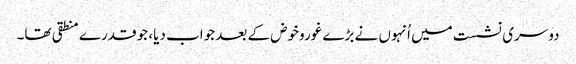
دوسری نشست میں اُنہوں نے بڑے غوروخوض کے بعد جواب دیا، جو قدرے منطقی تھا۔